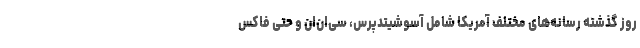
روز گذشته رسانه‌های مختلف آمریکا شامل آسوشیتدپرس، سی‌ان‌ان و حتی فاکس